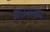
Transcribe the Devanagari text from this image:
क्रासकट